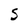
Character: S